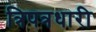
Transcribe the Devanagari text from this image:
त्रिपत्रधारी